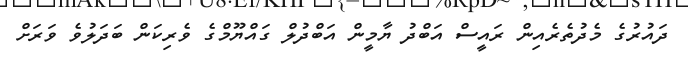
ދައުރުގެ މެދުތެރެއިން ރައީސް އަބްދު ޔާމީން އަބްދުލް ގައްޔޫމްގެ ވެރިކަން ބަދަލުވެ ވަރަށް